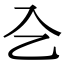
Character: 㐈